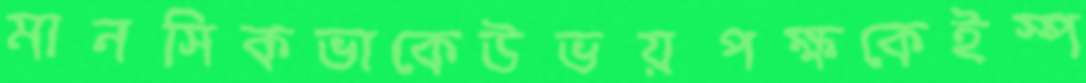
মানসিকভাকেউভয়পক্ষকেইস্প